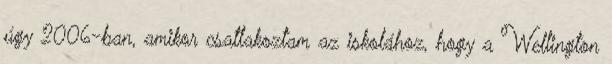
úgy 2006-ban, amikor csatlakoztam az iskolához, hogy a Wellington